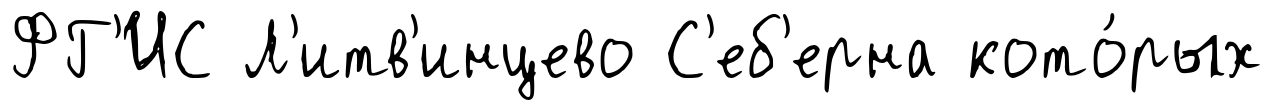
ФГ'ИС Л'итв'инцево С'еб'ерна кото́рых